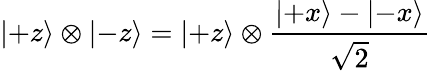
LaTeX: \left|+z\right\rangle\otimes\left|-z\right\rangle=\left|+z\right\rangle\otimes{\frac{\left|+x\right\rangle-\left|-x\right\rangle}{\sqrt{2}}}